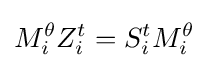
M_{i}^{\theta }Z_{i}^{t}=S_{i}^{t}M_{i}^{\theta }